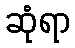
ဆုံရာ